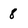
Character: 8